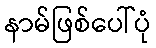
နာမ်ဖြစ်ပေါ်ပုံ